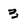
Character: 3